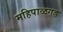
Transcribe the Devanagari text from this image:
महिपाळगड